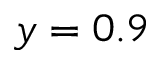
y = 0 . 9